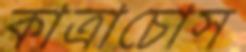
কাত্রাচোস